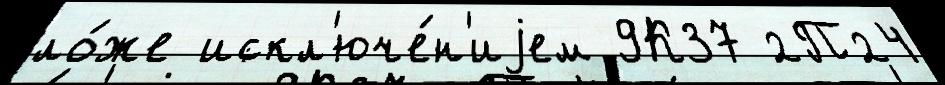
ло́же искл'юче́н'иjем 9К37 2П24